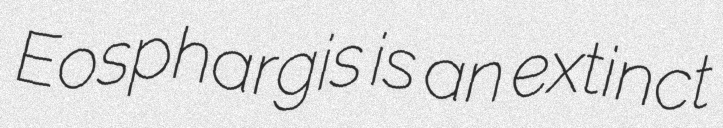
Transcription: Eosphargis is an extinct